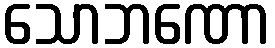
သောဘဏော